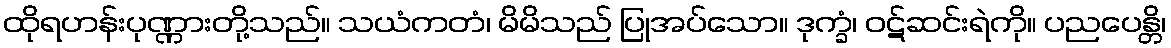
ထိုရဟန်းပုဏ္ဏားတို့သည်။ သယံကတံ၊ မိမိသည် ပြုအပ်သော။ ဒုက္ခံ၊ ဝဋ်ဆင်းရဲကို။ ပညပေန္တိ၊